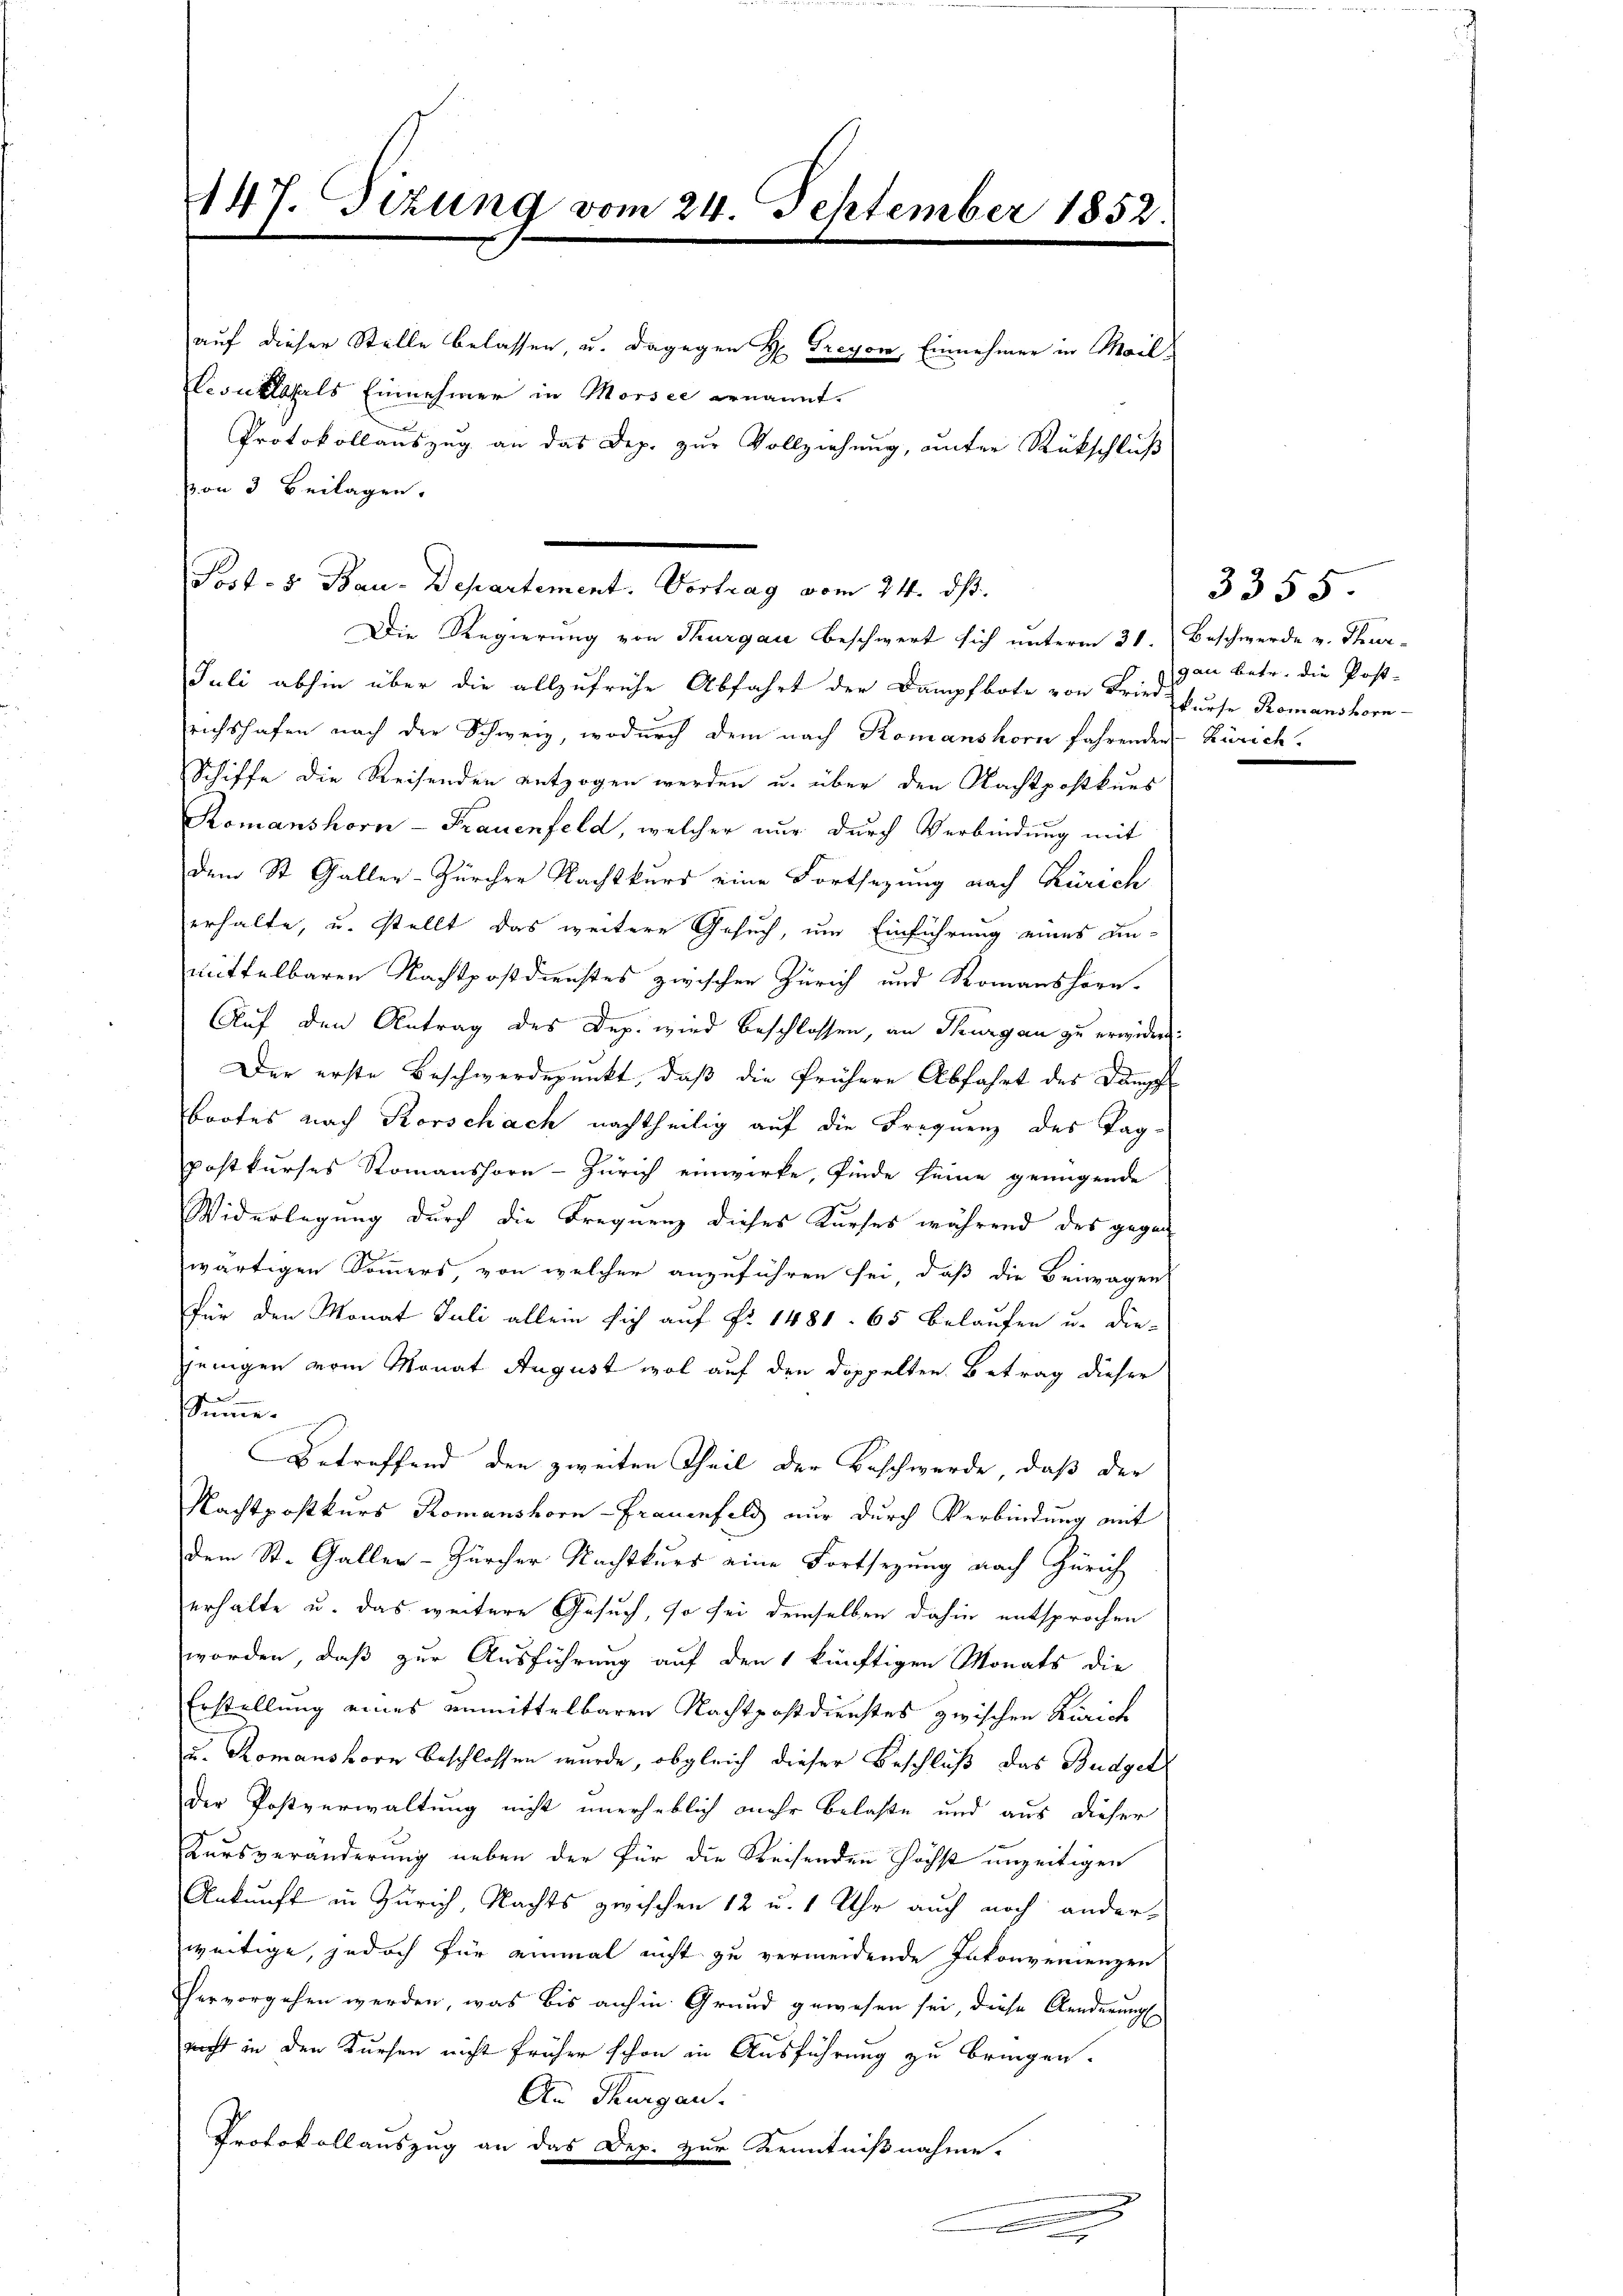
Juli abhin über die allzufrühe Abfahrt der Dampfbote von Fried kurse Romanshornsrichshafen nach der Schweiz, wodurch dem nach Romanshorn fahrenden Zürich.
Schiffe die Reisenden entzogen werden u. über den Nachtpostkurs
Romanshorn-Frauenfeld, welcher nur durch Verbindung mit
dem St. Galler-Zürcher Nachtkurs eine Fortsezung nach Zürich
erhalte, u. stellt das weitere Gesuch, um Einführung eines unmittelbaren Nachtpostdienstes zwischen Zürich und Romanshorn-
Auf den Antrag des Dep. wird beschlossen, an Thurgau zu erwider.
Der erste Beschwerdepunkt, daß die frühere Abfahrt des Dampf
brotes nach Korschach nachtheilig auf die Frequenz des Tagpostkurses Romanshorn-Zürich einwirke, finde seine genügende
Widerlegung durch die Frequenz dieses Kurses während des gegen
wärtigen Sommers, von welcher anzuführen sei, daß die Beiwagen
Für den Monat Juli allein sich auf Fr. 1481. 65 belaufen u. die-
jenigen vom Monat August wol auf den doppelten Betrag dieser
Summe.
Betreffend den zweiten Theil der Beschwerde, daß der
Nachtpostkurs Romanshorn-Frauenfeld nur durch Verbindung mit
dem St. Galler-Zürcher Nachtkurs eine Fortsezung nach Zürich
erhalte u. das weitere Gesuch, so sei demselben dahin entsprochen
worden, daß zur Ausführung auf den 1 künftigen Monats die
Erstellung eines unmittelbaren Nachtpostdienstes zwischen Zürich
u. Romanshorn beschlossen wurde, obgleich dieser Beschluß das Budget
der Postverwaltung nicht unerheblich mehr belaße und aus dieser
Kursveränderung neben der für die Weisenden höchst unzeitigen
Ankunft in Zürich, Nachts zwischen 12 u. 1 Uhr auch noch anderweitige, jedoch für einmal nicht zu vermeidende Inkonvenienzen
hervorgehen werden, was bis auch in Grund gewesen sei, diese Aenderung
nicht in den Kursen nicht früher schon in Ausführung zu bringen.
An Thurgau.
Protokollauszug an das Dep. zur Kenntnißnahme.
.
.

147. Sizung vom 24. September 1852.

Von 3 Beilagen.

Post- 8. Bau-Departement. Vortrag vom 24. ds.
Die Regierung von Thurgau beschwert sich unterm 21. Beschwerde v. Thur-

auf dieser Stelle belassen, u. dagegen H. Greyer, Einnehmer in Mail
esuklahals Einnehmer in Morsee ernannt.
Protokollauszug an das Dep. zur Vollziehung, unter Rückschluß

3355.
gau betr. die Post-